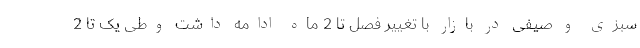
سبزی و صیفی در بازار با تغییر فصل تا 2 ماه ادامه داشت وطی یک تا 2